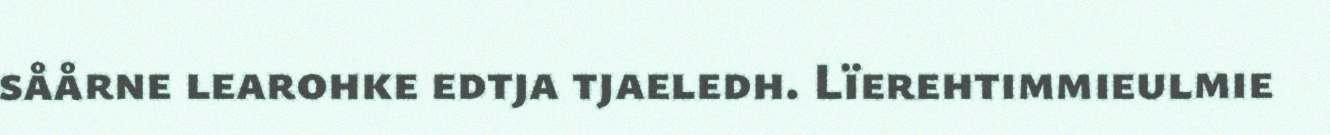
såårne learohke edtja tjaeledh. Lïerehtimmieulmie